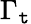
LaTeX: \Gamma_{\mathtt{t}}